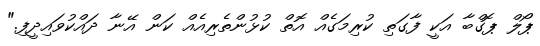
ޕޯލް ޕޮގްބާ އަކީ ފާގަތި ކުރިމަގެއް އޮތް ކުޅުންތެރިއެއް ކަން އޭނާ ދައްކުވައިދީފި."